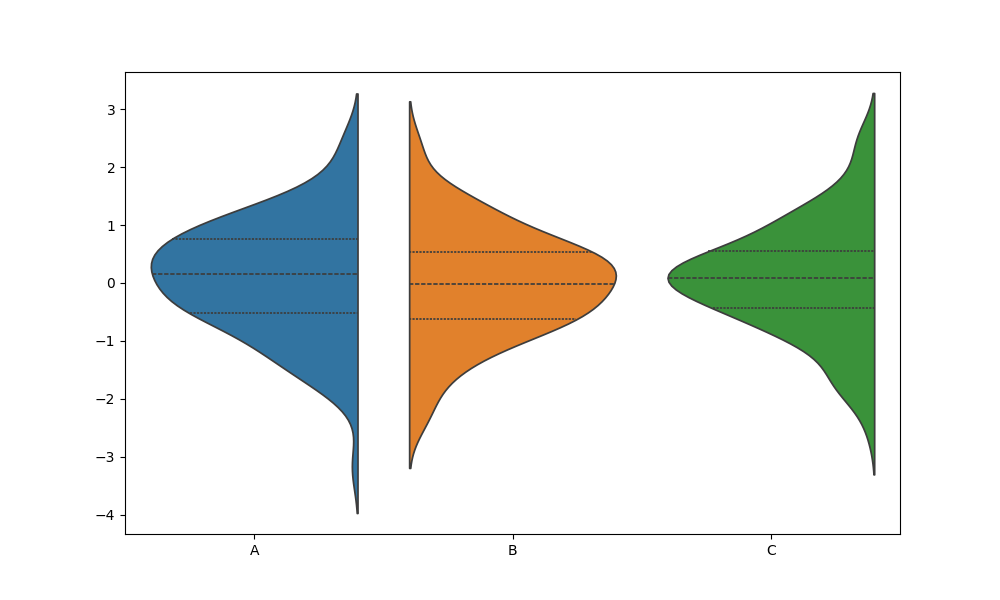
python, seaborn, violinplot, scale='count', split='True', inner='quart', fill='True'